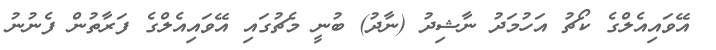
އޭވައިއެލްގެ ކޯޗު އަހުމަދު ނާޝިދު (ނާދު) ބުނީ މެޗުގައި އޭވައިއެލްގެ ފަރާތުން ފެނުނު